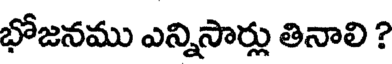
భోజనము ఎన్నిసార్లు తినాలి ?